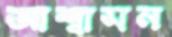
আশ্বাসন